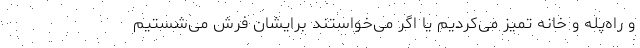
و راه‌پله و خانه تمیز می‌کردیم یا اگر می‌خواستند برایشان فرش می‌شستیم